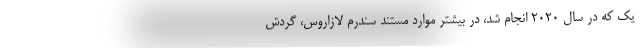
یک که در سال 2020 انجام شد، در بیشتر موارد مستند سندرم لازاروس، گردش